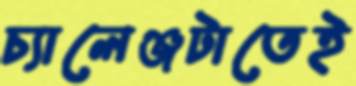
চ্যালেঞ্জটাতেই